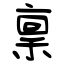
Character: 稟